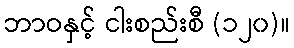
ဘာဝနှင့် ငါးစည်းစီ (၁၂၀)။